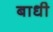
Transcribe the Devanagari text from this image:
बाधी